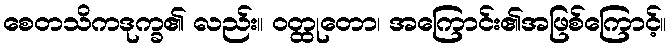
စေတသိကဒုက္ခ၏ လည်း။ ဝတ္ထုတော၊ အကြောင်း၏အဖြစ်ကြောင့်။